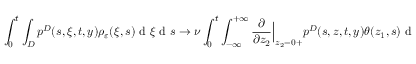
\int _ { 0 } ^ { t } \int _ { D } p ^ { D } ( s , \xi , t , y ) \rho _ { \varepsilon } ( \xi , s ) \textrm { d } \xi \textrm { d } s \to \nu \int _ { 0 } ^ { t } \int _ { - \infty } ^ { + \infty } \frac { \partial } { \partial z _ { 2 } } \Big | _ { z _ { 2 } = 0 + } p ^ { D } ( s , z , t , y ) \theta ( z _ { 1 } , s ) \textrm { d } z _ { 1 } \textrm { d } s ,